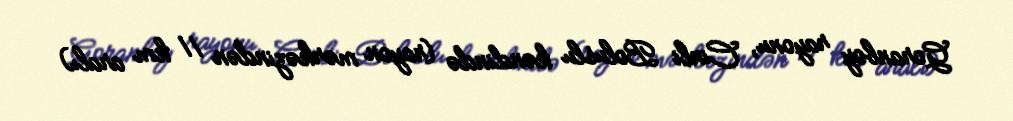
Goranboy rayonu, Cinli Boluslu kəndində (rayon mərkəzindən 11 km aralı)